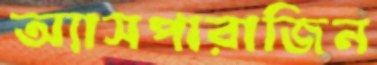
অ্যাসপারাজিন